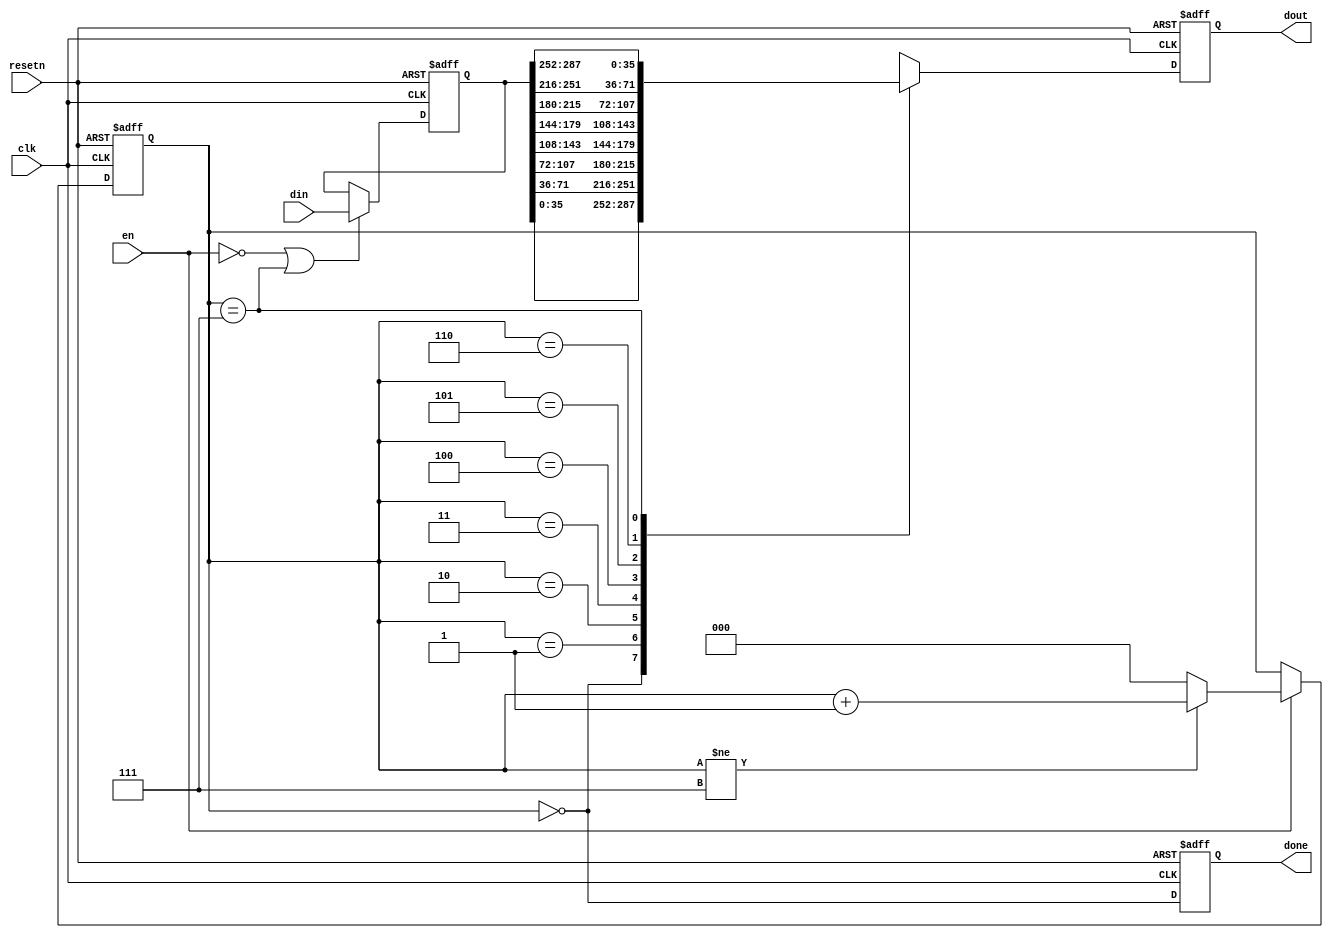
module width_convert (
    clk,
    resetn,
    din,
    en,
    dout,
    done
);

//****** parameter ******//

parameter IWIDTH = 288;
parameter OWIDTH = 36;

localparam AMOUNT = IWIDTH/OWIDTH;
localparam CNT_WIDTH = $clog2(AMOUNT);

//****** interface ******//

input               clk;
input               resetn;
input  [IWIDTH-1:0] din;
input               en;

output reg [OWIDTH-1:0] dout;
output reg              done;

//****** internal signal ******//

reg [CNT_WIDTH-1:0] cnt_r;

reg [IWIDTH-1:0] din_r;
reg [OWIDTH-1:0] dout_lut [AMOUNT-1:0];

//****** internal logic ******//

// register din
always @(posedge clk or negedge resetn) begin
    if (~resetn) begin
        din_r <= 'b0;
    end
    else if (~en | cnt_r == AMOUNT - 1) begin
        din_r <= din;
    end
end

// count frag
always @(posedge clk or negedge resetn) begin
    if (~resetn) begin
        cnt_r <= 'b0;
    end
    else if (en) begin
        cnt_r <= (cnt_r != AMOUNT - 1) ? cnt_r + 1'b1 : 'b0;
    end
end

genvar i;
generate
for (i = 0; i < AMOUNT; i = i + 1) begin
    always @(*) begin
        dout_lut[i] = din_r[(i+1)*OWIDTH-1 : i*OWIDTH];
    end
end
endgenerate

// assign done = (cnt_r == 'b0);

always @(posedge clk or negedge resetn) begin
    if (~resetn) begin
        done <= 'b0;
    end
    else begin
        done <= (cnt_r == 'b0);
    end
end

// select frag
// assign dout = dout_lut[cnt_r];

always @(posedge clk or negedge resetn) begin
    if (~resetn) begin
        dout <= 'b0;
    end
    else begin
        dout <= dout_lut[cnt_r];
    end
end

endmodule